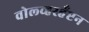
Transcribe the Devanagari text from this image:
वोल्व्हरहँप्टन